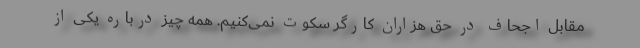
مقابل اجحاف در حق هزاران کارگر سکوت نمی‌کنیم. همه چیز درباره یکی از